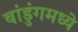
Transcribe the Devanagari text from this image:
बांडुंगमध्ये